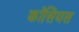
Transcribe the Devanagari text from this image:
कॉसियस